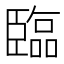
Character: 臨